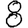
Digit: 8